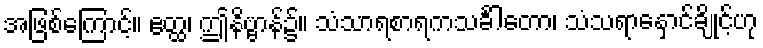
အဖြစ်ကြောင့်။ ဧတ္ထ၊ ဤနိဗ္ဗာန်၌။ သံသာရစာရကသင်္ခါတော၊ သံသရာနှောင်ချိုင့်ဟု